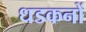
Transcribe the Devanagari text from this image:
धडकनों